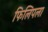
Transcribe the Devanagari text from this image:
फिलिपला